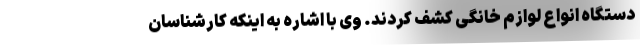
دستگاه انواع لوازم خانگی کشف کردند. وی با اشاره به اینکه کارشناسان